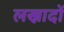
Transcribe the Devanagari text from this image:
लख्नादों